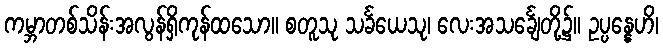
ကမ္ဘာတစ်သိန်းအလွန်ရှိကုန်ထသော။ စတူသု သင်္ခယေသု၊ လေးအသင်္ချေတို့၌။ ဥပ္ပန္နေဟိ၊